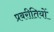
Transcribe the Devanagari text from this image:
प्रबरीतियों